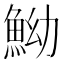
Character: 䱂